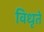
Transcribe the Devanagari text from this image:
विधृते